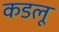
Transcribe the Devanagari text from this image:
कडलू